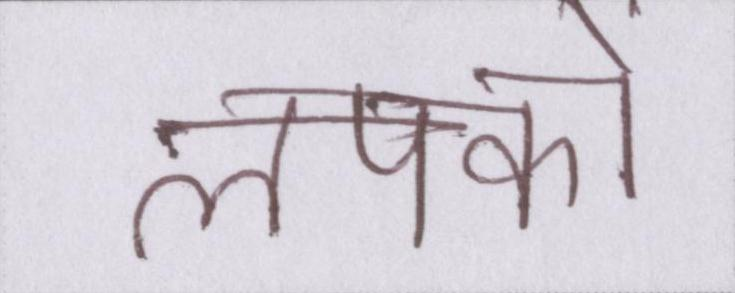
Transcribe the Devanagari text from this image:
लपकाें